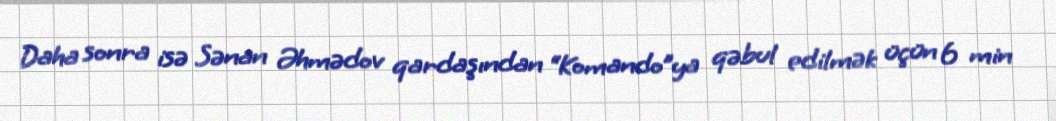
Daha sonra isə Sənan Əhmədov qardaşından “Komando”ya qəbul edilmək üçün 6 min